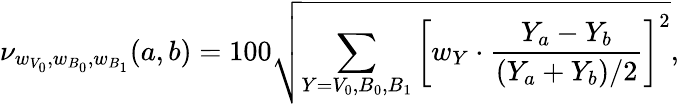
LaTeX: \nu_{w_{V_{0}},w_{B_{0}},w_{B_{1}}}(a,b)=100\sqrt{\sum_{Y=V_{0},B_{0},B_{1}}\left[w_{Y}\cdot\frac{Y_{a}-Y_{b}}{(Y_{a}+Y_{b})/2}\right]^{2}},